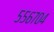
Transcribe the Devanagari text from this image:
५५६७०४